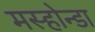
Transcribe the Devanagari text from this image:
मस्होन्डा